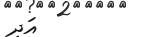
އަދި